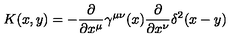
K ( x , y ) = - \frac { \partial } { \partial x ^ { \mu } } \gamma ^ { \mu \nu } ( x ) \frac { \partial } { \partial x ^ { \nu } } \delta ^ { 2 } ( x - y )